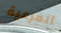
الفرعية